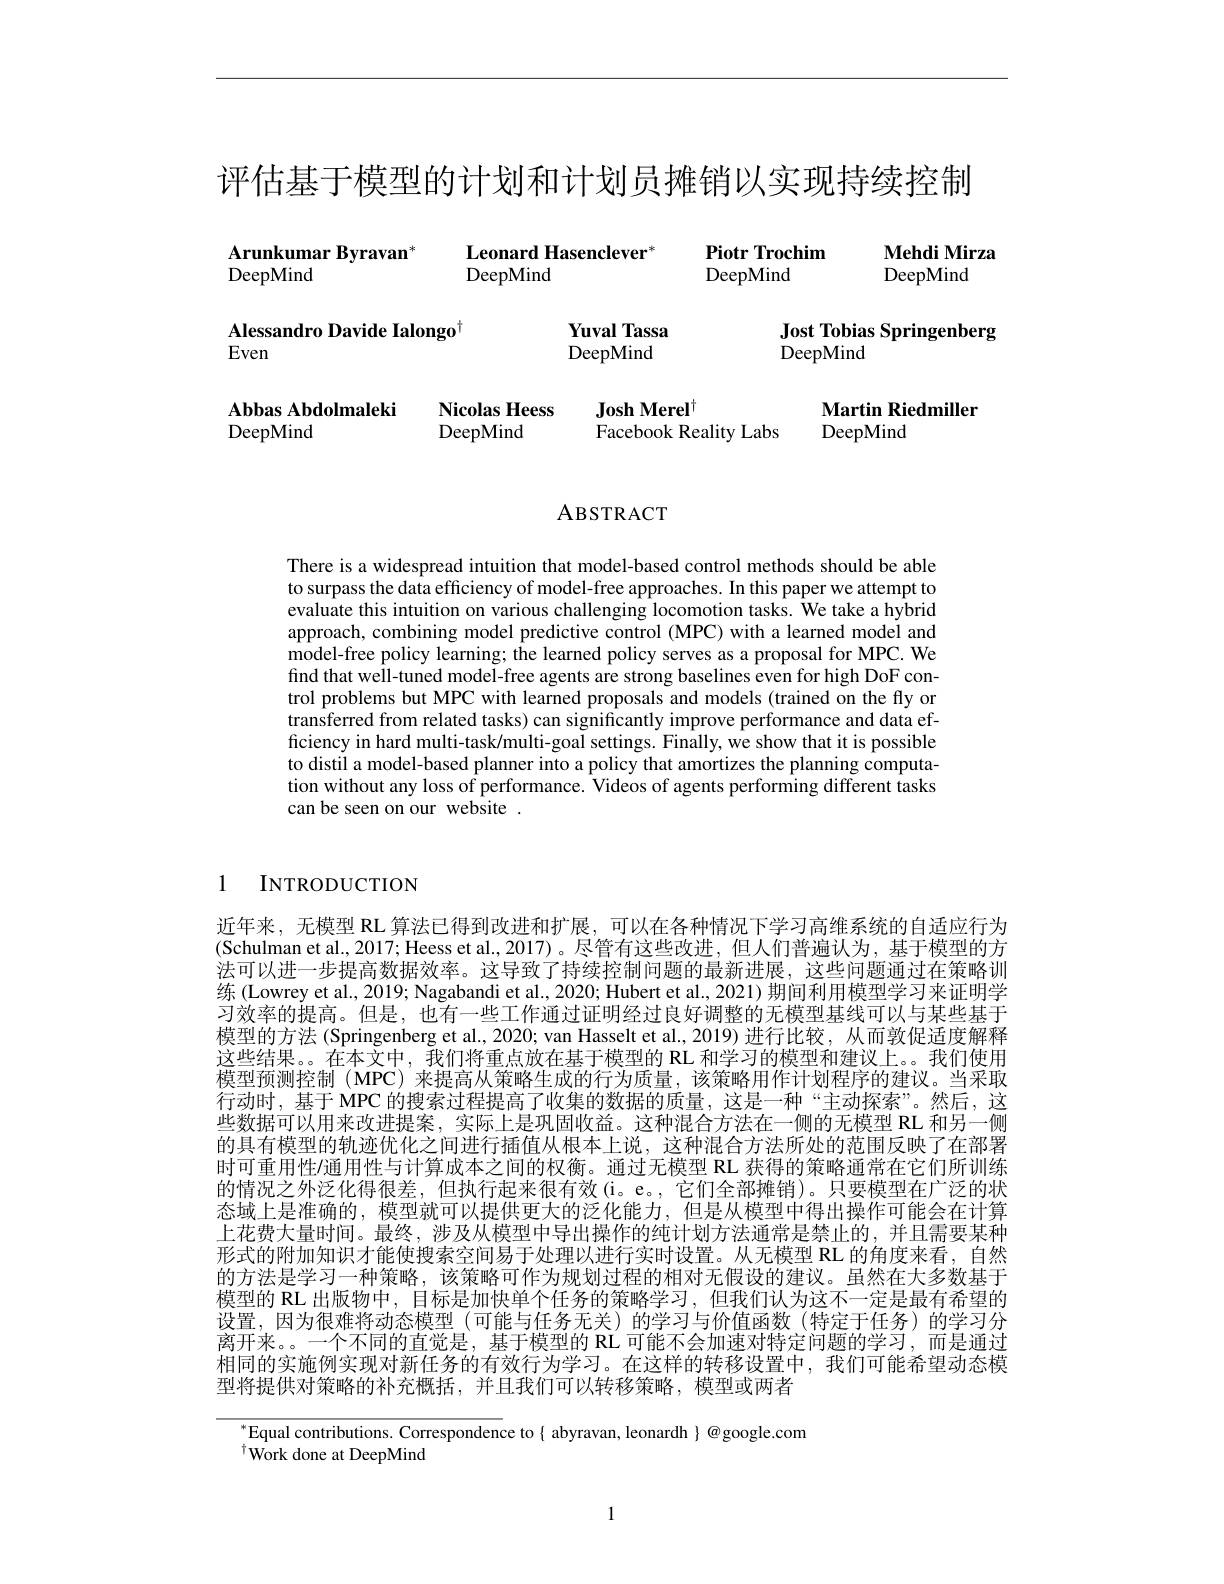
评估基于模型的计划和计划员摊销以实现持续控制

Piotr Trochim

Mehdi Mirza

Arunkumar Byravan$^{*}$

Leonard Hasenclever$^*$

DeepMind

DeepMind

DeepMind

DeepMind

Alessandro Davide Ialongo$^{\dagger}$
Even

Yuval Tassa DeepMind

Jost Tobias Springenberg
DeepMind

Josh Merel$^{\dagger}$
Abbas Abdolmaleki
Nicolas Heess
Martin Riedmiller
DeepMind
${\mathrm{DeepMind}}$
${\mathrm{DeepMind}}$
Facebook Reality Labs

ABSTRACT

There is a widespread intuition that model-based control methods should be able to surpass the data efficiency of model-free approaches. In this paper we attempt to evaluate this intuition on various challenging locomotion tasks. $\hat{\text{We take a hybrid}}$ approach, combining model predictive control (MPC) with a learned model and model-free policy learning; the learned policy serves as a proposal for MPC. We find that well-tuned model-free agents are strong baselines even for high DoF control problems but MPC with learned proposals and models (trained on the fly or transferred from related tasks) can significantly improve performance and data efficiency in hard multi-task/multi-goal settings. Finally, we show that it is possible to distil a model-based planner into a policy that amortizes the planning computation without any loss of performance. Videos of agents performing different tasks can be seen on our website .

1

INTRODUCTION

近年来，无模型 RL 算法已得到改进和扩展，可以在各种情况下学习高维系统的自适应行为(Schulman et al., 2017; Heess et al., 2017)。尽管有这些改进，但人们普遍认为，基于模型的方法可以进一步提高数据效率。这导致了持续控制问题的最新进展，这些问题通过在策略训练 (Lowrey et al., 2019; Nagabandi et al., 2020; Hubert et al., 2021) 期间利用模型学习来证明学习效率的提高。但是，也有一些工作通过证明经过良好调整的无模型基线可以与某些基于模型的方法(Springenberg et al., 2020; van Hasselt et al., 2019) 进行比较，从而敦促适度解释这些结果。。在本文中，我们将重点放在基于模型的 RL 和学习的模型和建议上。。我们使用模型预测控制 (MPC) 来提高从策略生成的行为质量，该策略用作计划程序的建议。当采取行动时，基于 MPC 的搜索过程提高了收集的数据的质量，这是一种“主动探索”。然后，这些数据可以用来改进提案，实际上是巩固收益。这种混合方法在一侧的无模型 RL 和另一侧的具有模型的轨迹优化之间进行插值从根本上说，这种混合方法所处的范围反映了在部署时可重用性/通用性与计算成本之间的权衡。通过无模型 RL 获得的策略通常在它们所训练的情况之外泛化得很差，但执行起来很有效(i。e。,它们全部摊销)。只要模型在广泛的状态域上是淮确的，模型就可以提供更大的泛化能力，但是从模型中得出操作可能会在计算上花费大量时间。最终，涉及从模型中导出操作的纯计划方法通常是禁止的，并且需要某种形式的附加知识才能使搜索空间易于处理以进行实时设置。从无模型 RL 的角度来看，自然的方法是学习一种策略，该策略可作为规划过程的相对无假设的建议。虽然在大多数基于模型的 RL 出版物中，目标是加快单个任务的策略学习，但我们认为这不一定是最有希望的设置，因为很难将动态模型(可能与任务无关)的学习与价值函数(特定于任务)的学习分离开来。一个不同的直觉是，基于模型的 RL 可能不会加速对特定问题的学习，而是通过相同的实施例实现对新任务的有效行为学习。在这样的转移设置中，我们可能希望动态模型将提供对策略的补充概括，并且我们可以转移策略，模型或两者

$^{*}$Equal contributions. Correspondence to{ abyravan, leonardh $\}@$google.com
$^{\dagger}$Work done at DeepMind

1